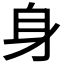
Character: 身